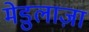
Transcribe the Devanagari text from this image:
मेडुलाज़ा